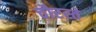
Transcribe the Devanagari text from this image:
चौरस्ते